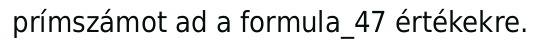
prímszámot ad a formula_47 értékekre.